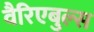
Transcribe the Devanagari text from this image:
वैरिएबुल्स